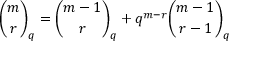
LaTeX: { \binom { m } { r } } _ { q } = { \binom { m - 1 } { r } } _ { q } + q ^ { m - r } { \binom { m - 1 } { r - 1 } } _ { q }